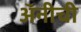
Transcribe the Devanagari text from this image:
अॅनीची